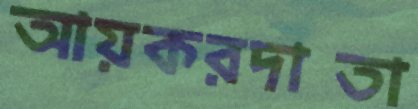
আয়করদাতা